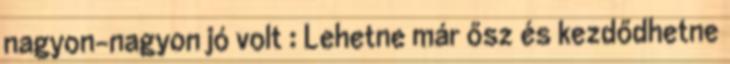
nagyon-nagyon jó volt : Lehetne már ősz és kezdődhetne